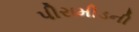
પીરામીડની